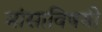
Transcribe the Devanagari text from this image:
मांसाविषयी